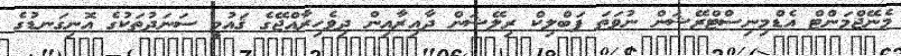
މެނޭޖްމަންޓް އެޑްމިނިސްޓްރޭޝަން ނުވަތަ ޕަބްލިކް ރިލޭޝަން ދާއިރާއިން ދިވެހިރާއްޖޭގެ ޤައުމީ ސަނަދުތަކުގެ އޮނިގަނޑުގެ